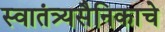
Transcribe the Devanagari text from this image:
स्वातंत्र्यसैनिकाचे